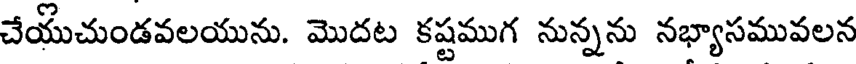
చేయుచుండవలయును. మొదట కష్టముగ నున్నను నభ్యాసమువలన